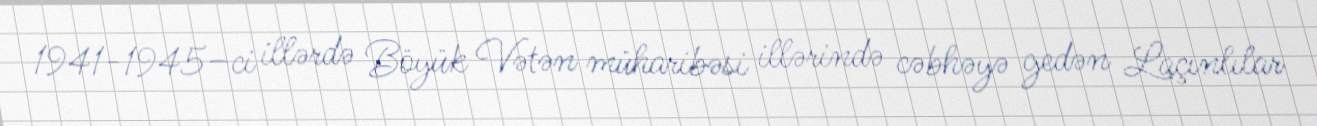
1941-1945–ci illərdə Böyük Vətən müharibəsi illərində cəbhəyə gedən Laçınlılar